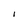
Character: I